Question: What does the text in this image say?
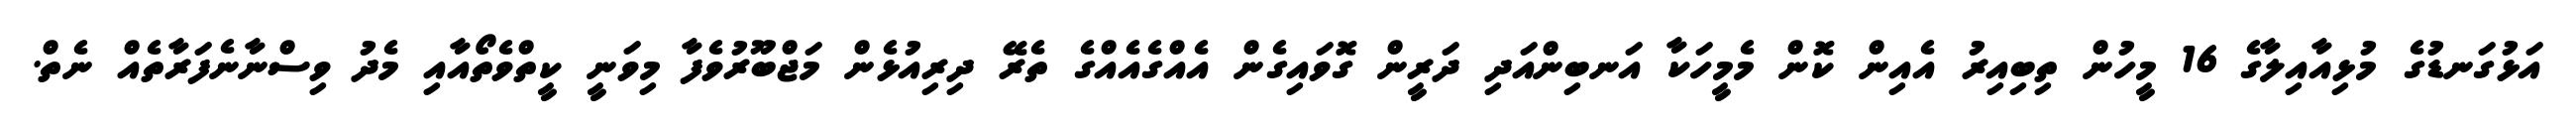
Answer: އަޅުގަނޑުގެ މުޅިއާއިލާގެ 16 މީހުން ތިބިއިރު އެއިން ކޮން މެމީހަކާ އަނބިންއަދި ދަރީން ގޮވައިގެން އެއްގެއެއްގެ ތެރޭ ދިރިއުޅެން މަޖްބޫރުވެފާ މިވަނީ ކީތްވެތޯއާއި މެދު ވިސްނާނެފަރާތެއް ނެތް.